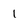
Character: 1